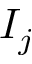
I _ { j }